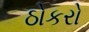
ઠોકરો